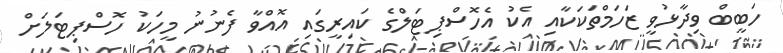
ހަބީބް ވިދާޅުވީ ޒަހަމްތަކަކާއި އެކު އެހޮސްޕިޓަލްގެ ކައިރީގައި އޮއްވާ ފެނުނު މީހަކު ހޮސްޕިޓަލަށް